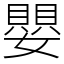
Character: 嬰